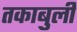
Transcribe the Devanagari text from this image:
तकाबुली